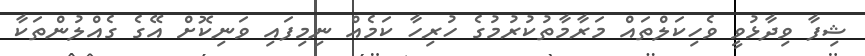
ޝިފާ ވިދާޅުވީ ވެހިކަލްތައް މަރާމާތުކުރުމުގެ ހުރިހާ ކަމެއް ނިމިފައި ވަނިކޮށް އޭގެ ގެއްލުންތަކާ